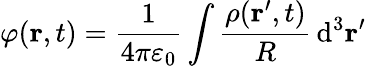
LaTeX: \varphi(\mathbf{r},t)={\frac{1}{4\pi\varepsilon_{0}}}\int{\frac{\mathbf{\rho}(\mathbf{r}^{\prime},t)}{R}}\operatorname{d}^{3}\! \mathbf{r}^{\prime}